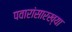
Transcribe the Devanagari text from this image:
पवारांसारख्या